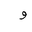
Letter: _waw